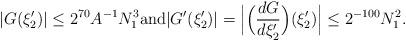
LaTeX: \begin{align*}| G(\xi_2') | \leq 2^{70} A^{-1} N_1^3 \textnormal{and} | G'(\xi_2')| =\Bigl| \Bigl( \frac{dG}{d\xi_2'} \Bigr) (\xi_2') \Bigr| \leq 2^{-100}N_1^2.\end{align*}